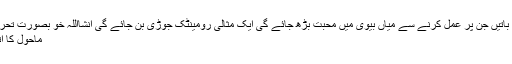
وہ باتیں جن پر عمل کرنے سے میاں بیوی میں محبت بڑھ جائے گی ایک مثالی رومینٹک جوڑی بن جائے گی انشااللہ خو بصورت تحریر
ماحول کا اثر۔